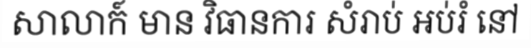
សាលាក៍ មាន វិធានការ សំរាប់ អប់រំ នៅ